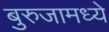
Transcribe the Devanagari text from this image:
बुरुजामध्ये